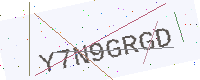
Text: Y7N9GRGD